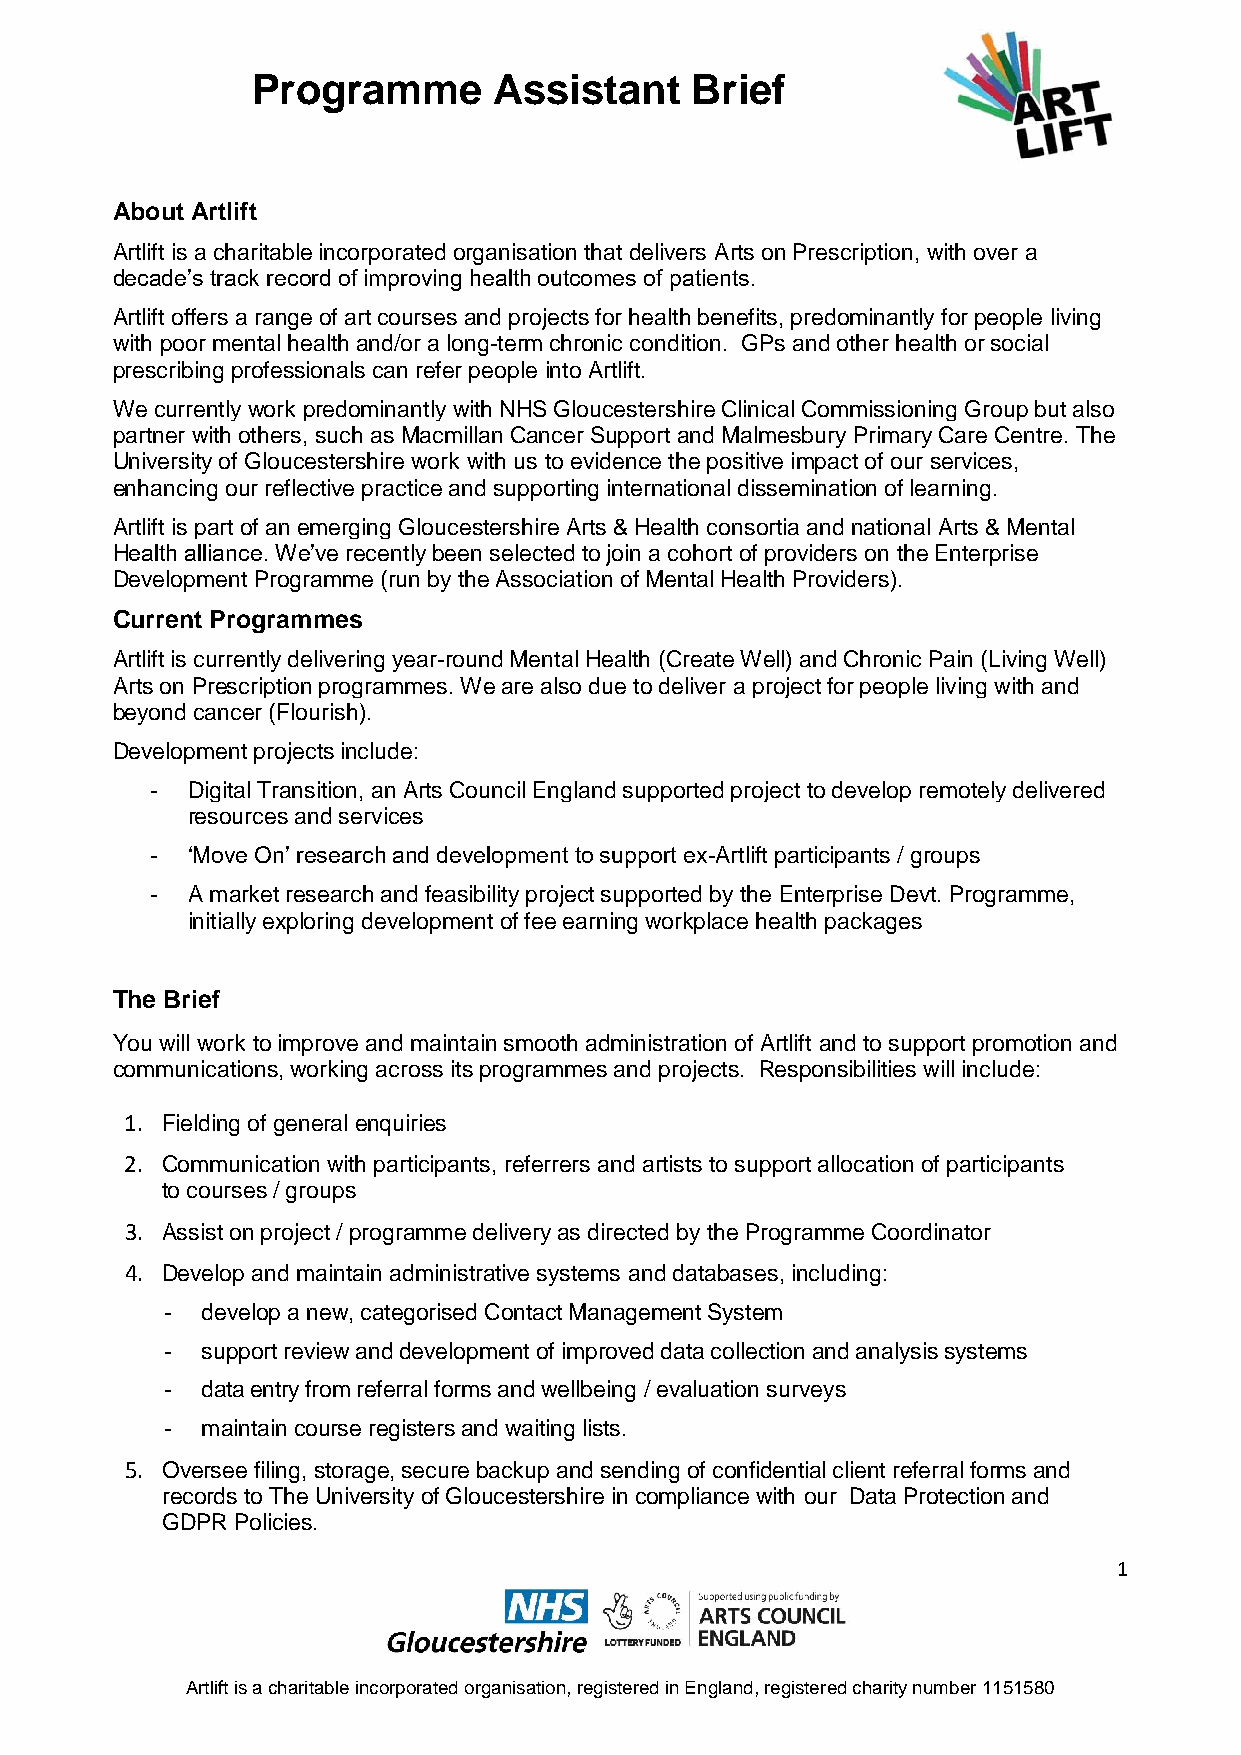
Programme       Assistant    Brief
 About Artlift
 Artlift is a charitable incorporated organisation that delivers Arts on Prescription, with over a
 decade’s track record of improving health outcomes of patients.
 Artlift offers a range of art courses and projects for health benefits, predominantly for people living
 with poor mental health and/or a long-term chronic condition. GPs and other health or social
 prescribing professionals can refer people into Artlift.
 We currently work predominantly with NHS Gloucestershire Clinical Commissioning Group but also
 partner with others, such as Macmillan Cancer Support and Malmesbury Primary Care Centre. The
 University of Gloucestershire work with us to evidence the positive impact of our services,
 enhancing our reflective practice and supporting international dissemination of learning.
 Artlift is part of an emerging Gloucestershire Arts & Health consortia and national Arts & Mental
 Health alliance. We’ve recently been selected to join a cohort of providers on the Enterprise
 Development Programme (run by the Association of Mental Health Providers).
 Current Programmes
 Artlift is currently delivering year-round Mental Health (Create Well) and Chronic Pain (Living Well)
 Arts on Prescription programmes. We are also due to deliver a project for people living with and
 beyond cancer (Flourish).
 Development projects include:
 - Digital Transition, an Arts Council England supported project to develop remotely delivered
 resources and services
 - ‘Move On’ research and development to support ex-Artlift participants / groups
 - A market research and feasibility project supported by the Enterprise Devt. Programme,
 initially exploring development of fee earning workplace health packages
 The Brief
 You will work to improve and maintain smooth administration of Artlift and to support promotion and
 communications, working across its programmes and projects. Responsibilities will include:
 1. Fielding of general enquiries
 2. Communication with participants, referrers and artists to support allocation of participants
 to courses / groups
 3. Assist on project / programme delivery as directed by the Programme Coordinator
 4. Develop and maintain administrative systems and databases, including:
 - develop a new, categorised Contact Management System
 - support review and development of improved data collection and analysis systems
 - data entry from referral forms and wellbeing / evaluation surveys
 - maintain course registers and waiting lists.
 5. Oversee filing, storage, secure backup and sending of confidential client referral forms and
 records to The University of Gloucestershire in compliance with our Data Protection and
 GDPR Policies.
 1
 Artlift is a charitable incorporated organisation, registered in England, registered charity number 1151580